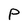
Character: P